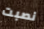
نصبت